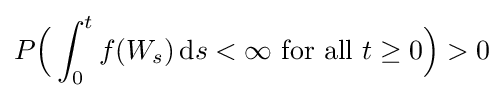
P{\Big (}\int _{0}^{t}f(W_{s})\,\mathrm {d} s<\infty {\text{ for all }}t\geq 0{\Big )}>0